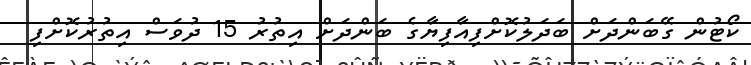
ކޯޓުން ގޭބަންދަށް ބަދަލުކޮށްފިއާފިޔާގެ ބަންދަށް އިތުރު 15 ދުވަސް އިތުރުކޮށްފި